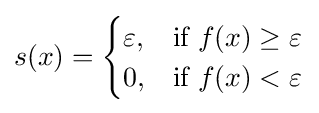
s(x)={\begin{cases}\varepsilon ,&{\text{if }}f(x)\geq \varepsilon \\0,&{\text{if }}f(x)<\varepsilon \end{cases}}